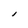
Character: I